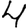
Digit: 4